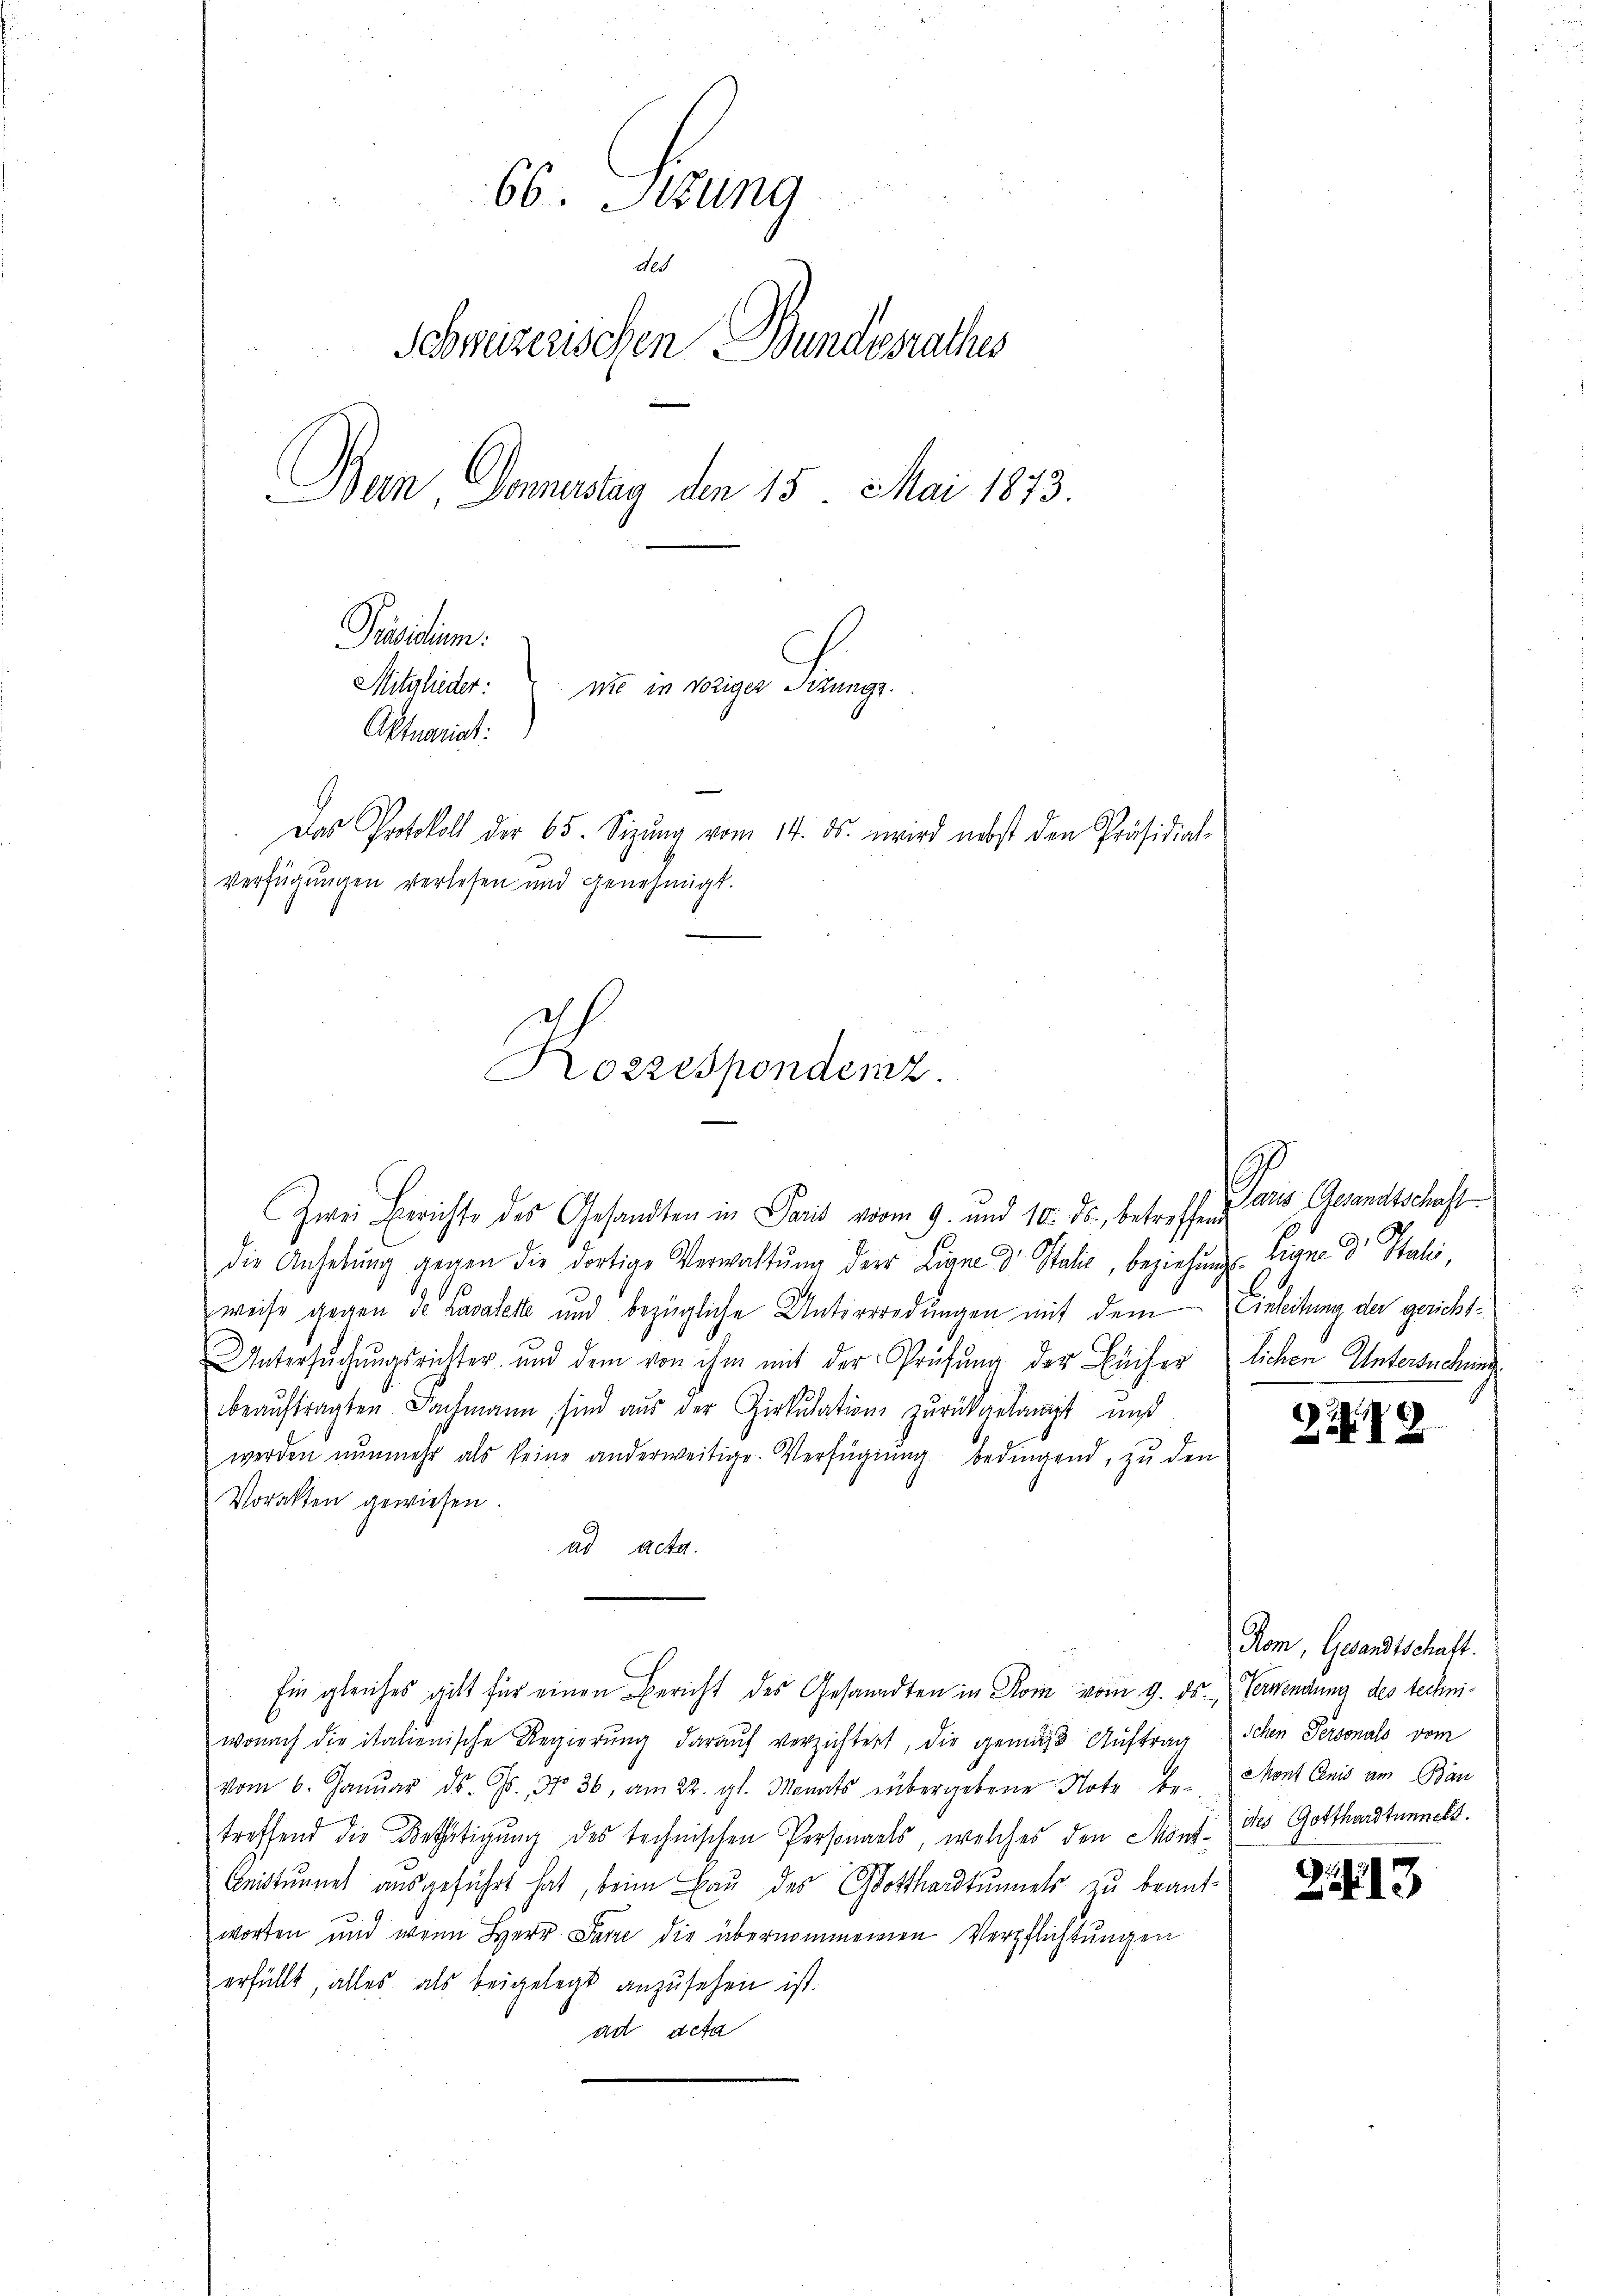
68. Krung
des
Schweizerischen Bundesrathes
Bern, Donnerstag den 15 Mai 1873.
Präsidium.
Mitglieder:
wie in voriger Schungs
Aktuariat:
Das Protokoll der 65. Sizŭng vom 14. ds. wird nebst den Präsidial-
Verfügungen verlesen und genehmigt.

Kozzespondenz.

Zwei Berichte des Gesandten in Paris vom 9. und 10. ds., betreffend
die Anhebŭng gegen die dortige Verwaltŭng der Ligne dr Italie, beziehŭngs-
weise gegen de ravalette und bezügliche Unterrredungen mit dem Einleitung der gericht¬
Untersŭchŭngsrichter und dem von ihm mit der Prüfŭng der Bücherlichen Untersuchung
beauftragten Fachmann, sind aus der Zirkulation zurückgelangt und
werden nŭnmehr als keine anderweitige Verfügung bedingend, zu den
Vorakten gewiesen.
ad Acta.
Ein gleiches gilt für einen Bericht des Gesandten in Rom vom 9. ds. Verwendung des techniwonach die italienische Regierŭng daraŭf verzichtert, die gemäβ Aŭftrag schen Personals vom
vom 6. Janŭar ds. Gs., No 36, am 22. gl. Monats übergebene Note be- Mont Conis am Bau
treffend die Bethätigung des technischen Personals, welches den Mond-des Gotthardtunnert.
Geistunnel ausgeführt hat, beim Bau des Gotthardtunnels zu beant-
worten und wenn Herr Pare die übernommenen Verpflichtungen
erfüllt, alles als beigelegt anzusehen ist.
ad acta

Pans Gesandtschaft
3.
Eigne der Stalis,

2.

Rom, Gesandtschäft.

213